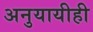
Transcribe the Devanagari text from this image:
अनुयायीही